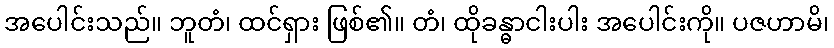
အပေါင်းသည်။ ဘူတံ၊ ထင်ရှား ဖြစ်၏။ တံ၊ ထိုခန္ဓာငါးပါး အပေါင်းကို။ ပဇဟာမိ၊